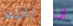
يقيم اذا